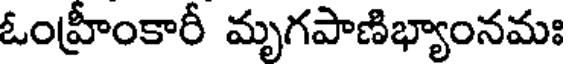
ఓంహ్రీంకారీ మృగపాణిభ్యాంనమః